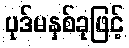
ပုဒ်မနှစ်ခုဖြင့်